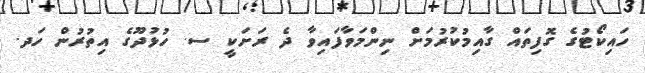
ހައިކޯޓުގެ ގޮފިތައް ގާއިމުކުރުމަށް ނިންމަވާފައިވާ ދެ ރަށަކީ ސ. ހުޅުދޫގެ އިތުރުން ހަދ.